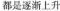
都是逐渐上升